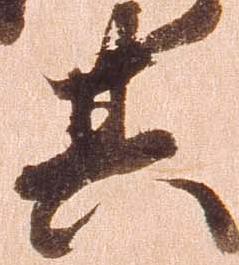
其